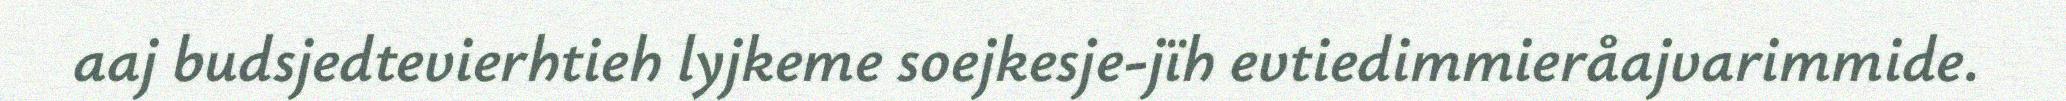
aaj budsjedtevierhtieh lyjkeme soejkesje-jïh evtiedimmieråajvarimmide.